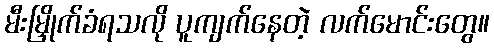
မီးမြှိုက်ခံရသလို ပူကျက်နေတဲ့ လက်မောင်းတွေ။